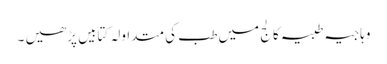
وہاجیہ طبیہ کالج میں طب کی متداولہ کتابیں پڑھیں ۔